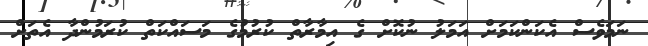
ނަމަވެސް އެކަންކަމަށް އަމަލު ނުކޮށް ގެ އިމާރާތް ކުރުމުގެ މަސައްކަތް ކުރަމުންދާ އެތަށް